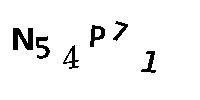
N54P71